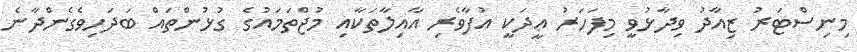
މިނިސްޓަރު ޒިއާދު ވިދާޅުވީ މިފަހަރު ޢީދަކީ އުފާވެރި އާއިލާތަކާއި މުޖްތަމައުގެ ގުޅުންތައް ބަދަހިވެެގެންދާނެ